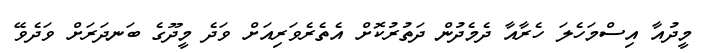
މީދުއާ އިސްމަހެލަ ހެރާއާ ދެމެދުން ދަތުރުކޮށް އެތެރެވަރިއަށް ވަދެ މީދޫގެ ބަނދަރަށް ވަދެވޭ